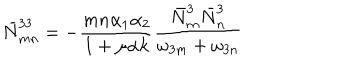
\bar { N } _ { m n } ^ { 3 3 } = - { \frac { m n \alpha _ { 1 } \alpha _ { 2 } } { 1 + \mu \alpha k } } { \frac { \bar { N } _ { m } ^ { 3 } \bar { N } _ { n } ^ { 3 } } { \omega _ { 3 m } + \omega _ { 3 n } } }